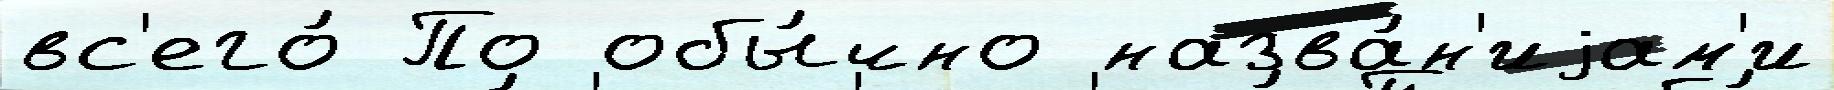
вс'его́ По обы́чно назва́н'иjам'и